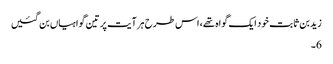
زیدبن ثابت خود ایک گواہ تھے، اس طرح ہر آیت پر تین گواہیاں بن گئیں
6۔